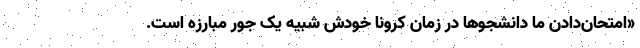
«امتحان‌دادن ما دانشجوها در زمان کرونا خودش شبیه یک جور مبارزه است.